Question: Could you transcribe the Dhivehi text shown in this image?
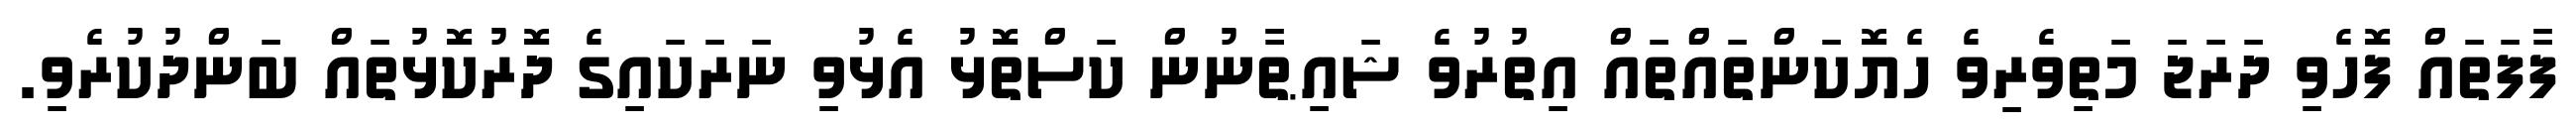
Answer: ފާފަތައް ފޮހެވި ދަރަޖަ މަތިވެރިވެ ހެޔޮކަންތައްތައް އިތުރުވެ ޝައިޠާނުން ކަސްތޮޅު އެޅުވި ނަރަކައިގެ ދޮރުކޮޅުތައް ބަންދުކުރެވި.